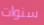
سنوات